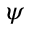
\psi